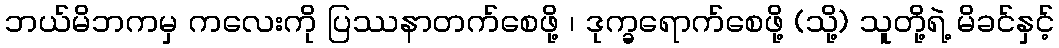
ဘယ်မိဘကမှ ကလေးကို ပြဿနာတက်စေဖို့ ၊ ဒုက္ခရောက်စေဖို့ (သို့) သူတို့ရဲ့ မိခင်နှင့်